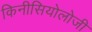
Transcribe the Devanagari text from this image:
किनीसियोलोजी